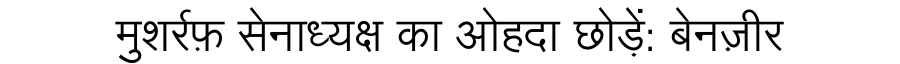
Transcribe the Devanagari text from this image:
मुशर्रफ़ सेनाध्यक्ष का ओहदा छोड़ें: बेनज़ीर